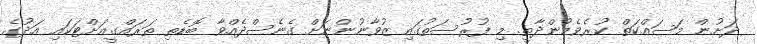
ދަށުން މަސައްކަތް ކުރެވެމުންދާތީ. މި ފުރުސަތުގައި ޒުވާނުންނަށް ގެނެސްދެއްވާ ބޮޑެތި ތަރައްގީއަށްޓަކައި އަދުގެ